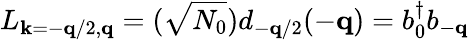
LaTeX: L_{{\mathbf{k}}=-{\mathbf{q}}/2,{\mathbf{q}}}=(\sqrt{N_{0}})d_{-{\mathbf{q}}/2}(-{\mathbf{q}})=b_{0}^{\dagger}b_{-{\mathbf{q}}}